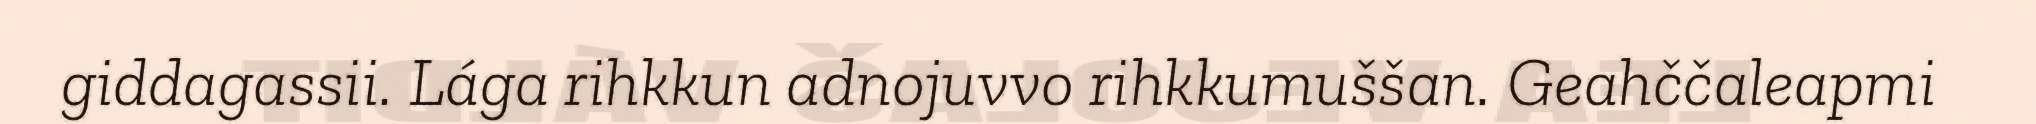
giddagassii. Lága rihkkun adnojuvvo rihkkumuššan. Geahččaleapmi